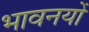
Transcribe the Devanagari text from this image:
भावनयों